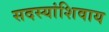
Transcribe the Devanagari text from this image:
सदस्यांशिवाय